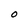
Character: O